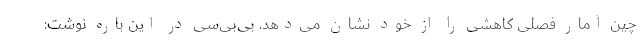
چین آمار فصلی کاهشی را از خود نشان می‌دهد. بی‌بی‌سی در این باره نوشت: